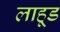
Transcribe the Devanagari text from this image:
लाहूड